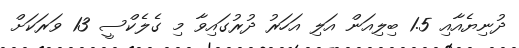
ދުނިޔެއާއި 1.5 ބިލިއަން އަލި އަހަރު ދުރުގައިވާ މި ގެލެކްސީ 13 ވަރަކަށް